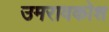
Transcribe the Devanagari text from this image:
उमरावकोश